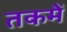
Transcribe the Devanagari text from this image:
तकमें